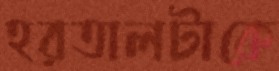
হরতালটাকে